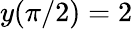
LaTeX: y(\pi/2)=2